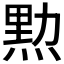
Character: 𤋰